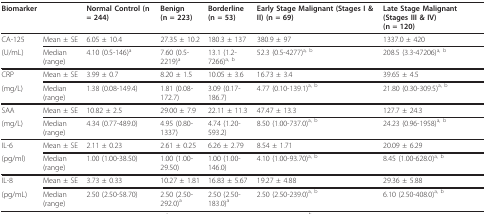
<table><thead><tr><td><b>Biomarker</b></td><td></td><td><b>Normal Control (n = 244)</b></td><td><b>Benign(n = 223)</b></td><td><b>Borderline(n = 53)</b></td><td><b>Early Stage Malignant (Stages I &amp; II) (n = 69)</b></td><td><b>Late Stage Malignant (Stages III &amp; IV)(n = 120)</b></td></tr></thead><tbody><tr><td>CA-125</td><td>Mean ± SE</td><td>6.05 ± 10.4</td><td>27.35 ± 10.2</td><td>180.3 ± 137</td><td>380.9 ± 97</td><td>1337.0 ± 420</td></tr><tr><td>(U/mL)</td><td>Median (range)</td><td>4.10 (0.5-146)<sup>a</sup></td><td>7.60 (0.5-2219)<sup>a</sup></td><td>13.1 (1.2-7266)<sup>a, b</sup></td><td>52.3 (0.5-4277)<sup>a, b</sup></td><td>208.5 (3.3-47206)<sup>a, b</sup></td></tr><tr><td>CRP</td><td>Mean ± SE</td><td>3.99 ± 0.7</td><td>8.20 ± 1.5</td><td>10.05 ± 3.6</td><td>16.73 ± 3.4</td><td>39.65 ± 4.5</td></tr><tr><td>(mg/L)</td><td>Median (range)</td><td>1.38 (0.08-149.4)</td><td>1.81 (0.08-172.7)</td><td>3.09 (0.17-186.7)</td><td>4.77 (0.10-139.1)<sup>a, b</sup></td><td>21.80 (0.30-309.5)<sup>a, b</sup></td></tr><tr><td>SAA</td><td>Mean ± SE</td><td>10.82 ± 2.5</td><td>29.00 ± 7.9</td><td>22.11 ± 11.3</td><td>47.47 ± 13.3</td><td>127.7 ± 24.3</td></tr><tr><td>(mg/L)</td><td>Median (range)</td><td>4.34 (0.77-489.0)</td><td>4.95 (0.80-1337)</td><td>4.74 (1.20-593.2)</td><td>8.50 (1.00-737.0)<sup>a, b</sup></td><td>24.23 (0.96-1958)<sup>a, b</sup></td></tr><tr><td>IL-6</td><td>Mean ± SE</td><td>2.11 ± 0.23</td><td>2.61 ± 0.25</td><td>6.26 ± 2.79</td><td>8.54 ± 1.71</td><td>20.09 ± 6.29</td></tr><tr><td>(pg/ml)</td><td>Median (range)</td><td>1.00 (1.00-38.50)</td><td>1.00 (1.00-29.50)</td><td>1.00 (1.00-146.0)</td><td>4.10 (1.00-93.70)<sup>a, b</sup></td><td>8.45 (1.00-628.0)<sup>a, b</sup></td></tr><tr><td>IL-8</td><td>Mean ± SE</td><td>3.73 ± 0.33</td><td>10.27 ± 1.81</td><td>16.83 ± 5.67</td><td>19.27 ± 4.88</td><td>29.36 ± 5.88</td></tr><tr><td>(pg/mL)</td><td>Median (range)</td><td>2.50 (2.50-58.70)</td><td>2.50 (2.50-292.0)<sup>a</sup></td><td>2.50 (2.50-183.0)<sup>a</sup></td><td>2.50 (2.50-239.0)<sup>a, b</sup></td><td>6.10 (2.50-408.0)<sup>a, b</sup></td></tr></tbody></table>